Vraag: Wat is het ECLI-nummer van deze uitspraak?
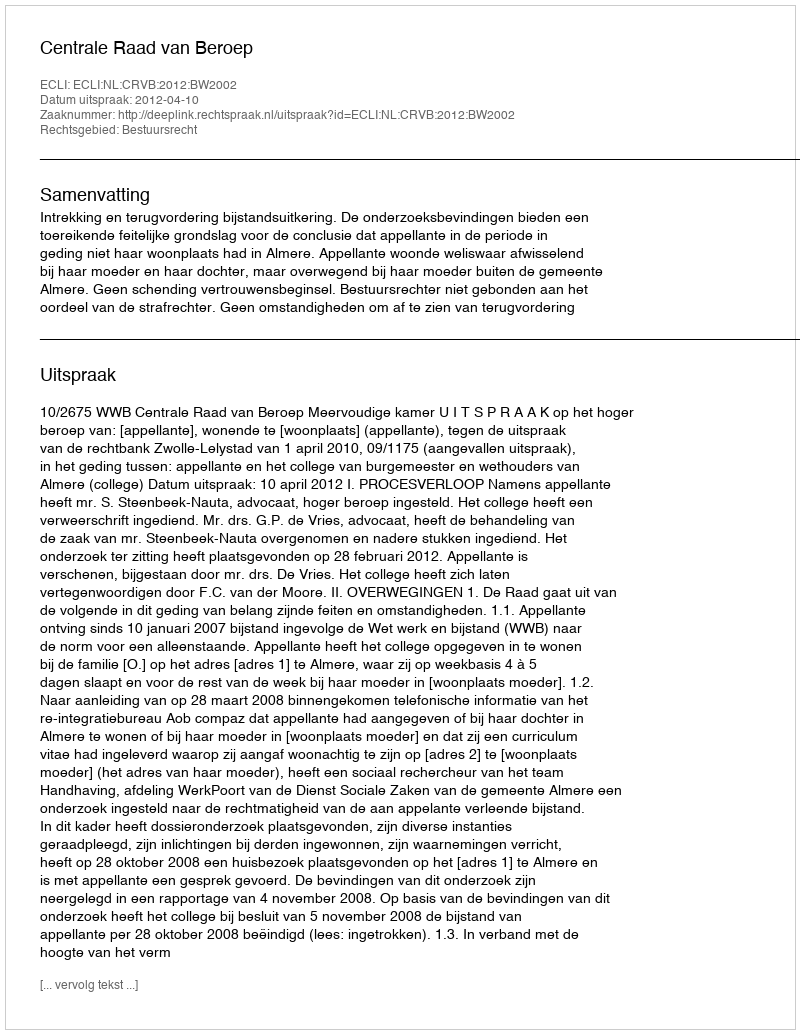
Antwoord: ECLI:NL:CRVB:2012:BW2002